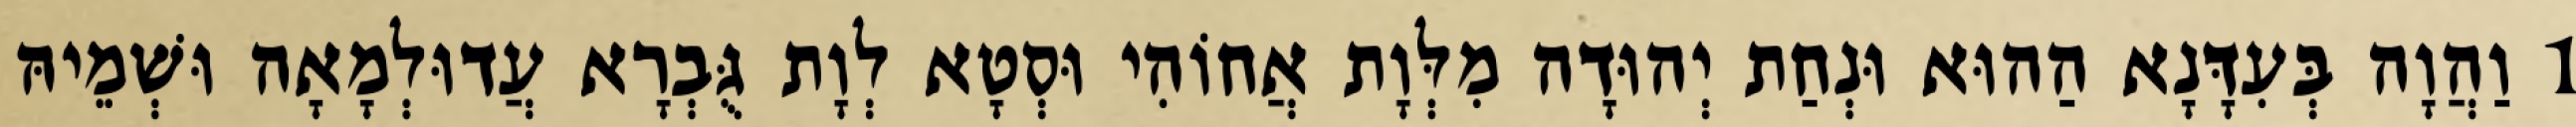
1 וַהֲוָה בְּעִדָּנָא הַהוּא וּנְחַת יְהוּדָה מִלְּוָת אֲחוֹהִי וּסְטָא לְוָת גֻּבְרָא עֲדוּלְמָאָה וּשְׁמֵיהּ